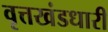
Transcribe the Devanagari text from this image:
वृत्तखंडधारी